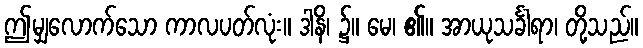
ဤမျှလောက်သော ကာလပတ်လုံး။ ဒါနိ၊ ၌။ မေ၊ ၏။ အာယုသင်္ခါရာ၊ တို့သည်။